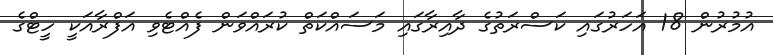
އުމުރުން 18 އަހަރުގައި ކަސްރަތުގެ ދާއިރާގައި މަސައްކަތް ކުރައްވަން ފެއްޓެވި އަފްރާއަކީ ހީޓްގެ